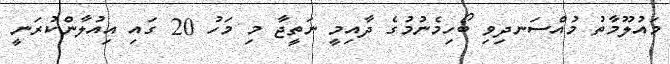
މައުލޫމާތު މުއްސަނދިވި ބޯހިމެނުމުގެ ދާއިމީ ނަތީޖާ މި މަހު 20 ގައި އިއުލާންކުރަނީ